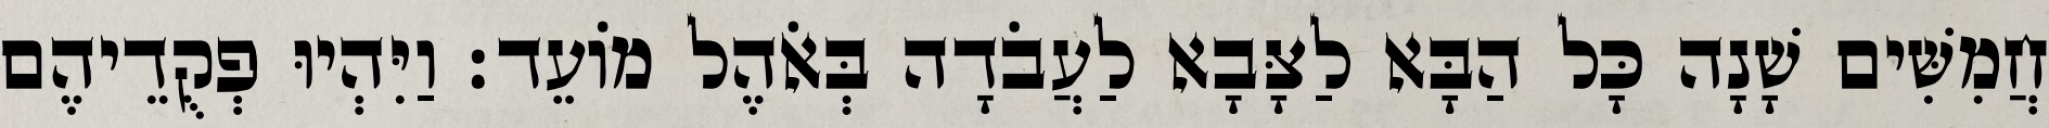
חֲמִשִּׁים שָׁנָה כָּל הַבָּא לַצָּבָא לַעֲבֹדָה בְּאֹהֶל מוֹעֵד׃ וַיִּהְיוּ פְקֻדֵיהֶם